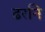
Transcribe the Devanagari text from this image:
ढरनि